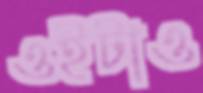
ওইটাও